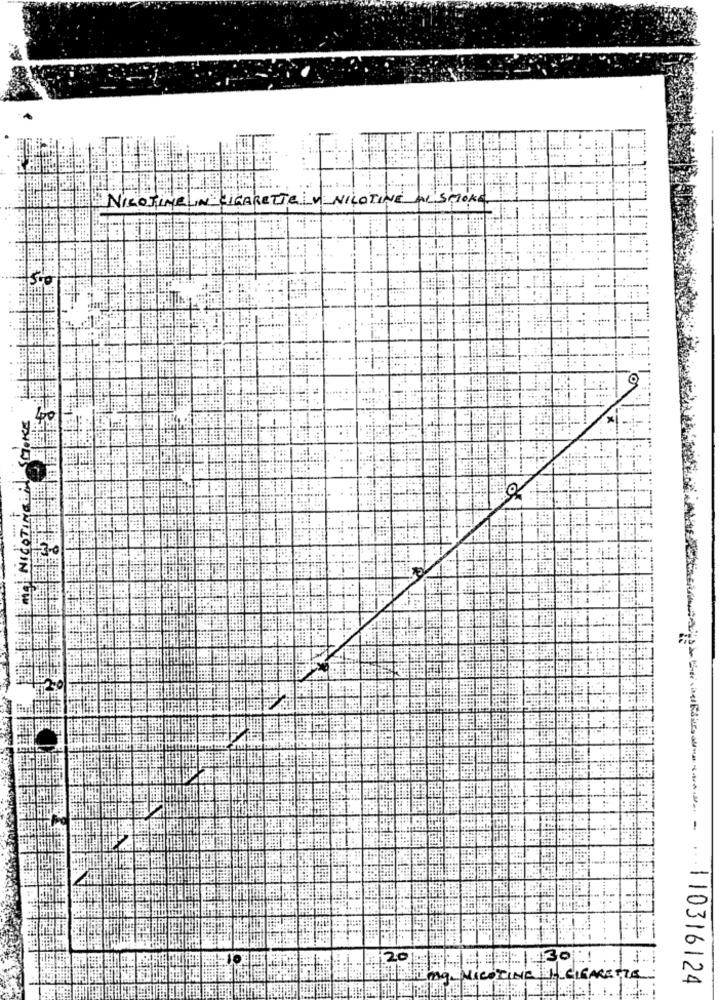
NICOTINE IN CIGARETTE V NICOTINE AL SMOKE
MA NICOTINE in SCIENCE
= 130
COTING IL CIGARETTE
110316124